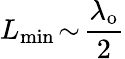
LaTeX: L_{\mathrm{min}}\! \sim\! \frac{\lambda_{\mathrm{o}}}{2}